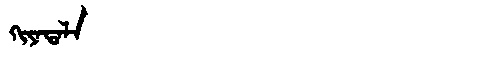
Manchu: ᡴᡳᠶᠠᡨᠠᠯᠠ
Romanization: KIYATALA